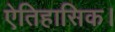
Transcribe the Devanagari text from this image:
ऐतिहासिक।